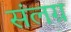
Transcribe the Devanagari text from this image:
संलग्र